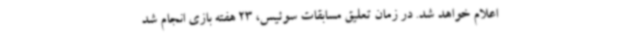
اعلام خواهد شد. در زمان تعلیق مسابقات سوئیس، 23 هفته بازی انجام شد